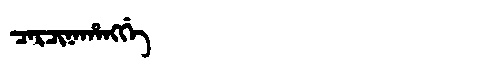
Manchu: ᠴᠠᡵᠴᡳᠨᠠᡥᠠᠩᡤᡝ
Romanization: CARCINAHANGGE